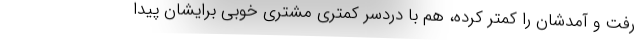
رفت و آمدشان را کمتر کرده، هم با دردسر کمتری مشتری خوبی برایشان پیدا